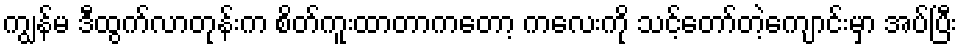
ကျွန်မ ဒီထွက်လာတုန်းက စိတ်ကူးထာတာကတော့ ကလေးကို သင့်တော်တဲ့ကျောင်းမှာ အပ်ပြီး